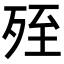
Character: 𣨂